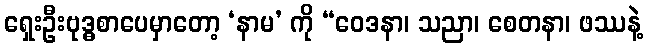
ရှေးဦးဗုဒ္ဓစာပေမှာတော့ ‘နာမ’ ကို “ဝေဒနာ၊ သညာ၊ စေတနာ၊ ဖဿနဲ့